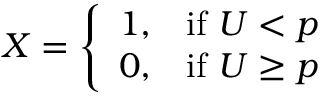
\displaystyle X = { \left\{ \begin{array} { l l } { 1 , } & { { \mathrm { i f ~ } } U < p } \\ { 0 , } & { { \mathrm { i f ~ } } U \geq p } \end{array} \right. }